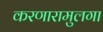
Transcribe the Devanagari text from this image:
करणारामुलगा